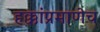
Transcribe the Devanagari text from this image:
हक्कांप्रमाणेच